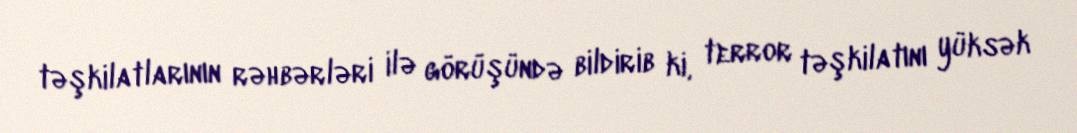
təşkilatlarının rəhbərləri ilə görüşündə bildirib ki, terror təşkilatını yüksək